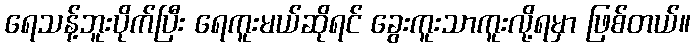
ရေသန့်ဘူးပိုက်ပြီး ရေကူးမယ်ဆိုရင် ခွေးကူးသာကူးလို့ရမှာ ဖြစ်တယ်။